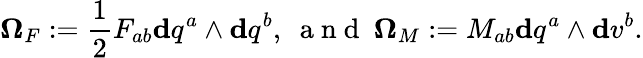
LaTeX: \mathbf{\Omega}_{F}:=\frac{1}{2}F_{ab}\mathbf{d}q^{a}\wedge\mathbf{d}q^{b},\ \mathrm{~a~n~d~}\ \mathbf{\Omega}_{M}:=M_{ab}\mathbf{d}q^{a}\wedge\mathbf{d}v^{b}.